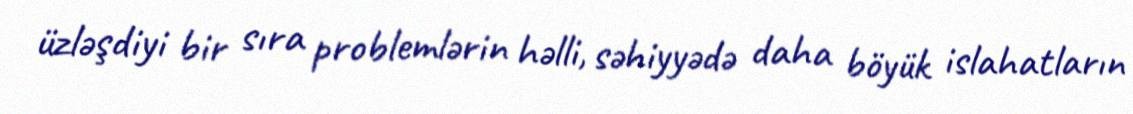
üzləşdiyi bir sıra problemlərin həlli, səhiyyədə daha böyük islahatların